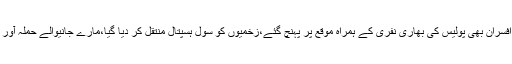
پولیس کی جوابی فائرنگ سے حملہ آور مسلح شخص بھی جاں بحق ہو گیا،پولیس افسران بھی پولیس کی بھاری نفری کے ہمراہ موقع پر پہنچ گئے،زخمیوں کو سول ہسپتال منتقل کر دیا گیا،مارے جانیوالے حملہ آور کی شناخت کا سلسلہ رات گئے جاری رہا،رات گئے پولیس مصروف تفتیش رہی۔